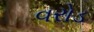
વરોડ